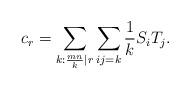
LaTeX: \begin{align*}c_r = \sum_{k: \frac{mn}{k} | r }\sum_{ij = k} \frac{1}{k} S_iT_j.\end{align*}